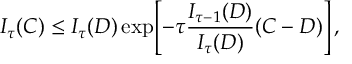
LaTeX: I _ { \tau } ( C ) \le I _ { \tau } ( D ) \exp \! \left[ - \tau { \frac { I _ { \tau - 1 } ( D ) } { I _ { \tau } ( D ) } } ( C - D ) \right] ,